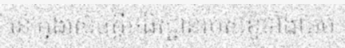
នៅក្នុងសេចក្តីអធិស្ឋានរបស់ខ្ញុំទាំងយប់